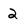
Character: 2